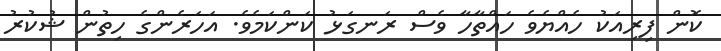
ކޮން ފިރިއަކު ހެއްޔެވެ ހައްތާހާ ވެސް ރަނގަޅު ކަންކަމެވެ. އަހަރެންގެ ހިތުން ޝުކުރު